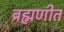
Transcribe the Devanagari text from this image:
ब्रह्मणीत